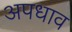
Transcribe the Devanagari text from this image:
अपधाव